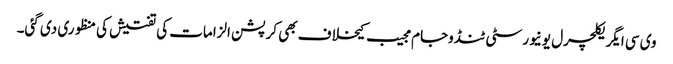
وی سی ایگریکلچرل یونیورسٹی ٹنڈوجام مجیب کیخلاف بھی کرپشن الزامات کی تفتیش کی منظوری دی گئی۔